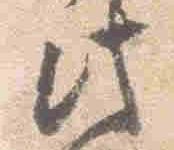
此